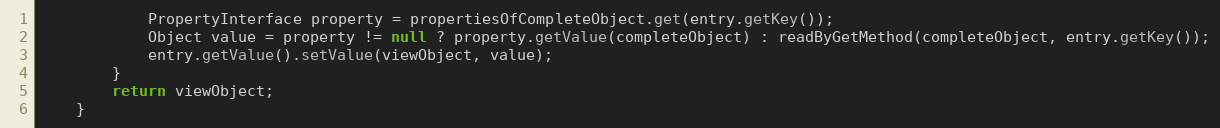
Language: Java
			PropertyInterface property = propertiesOfCompleteObject.get(entry.getKey());
			Object value = property != null ? property.getValue(completeObject) : readByGetMethod(completeObject, entry.getKey());
			entry.getValue().setValue(viewObject, value);
		}
		return viewObject;
	}